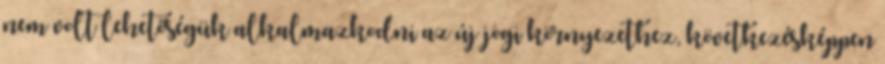
nem volt lehetőségük alkalmazkodni az új jogi környezethez, következésképpen